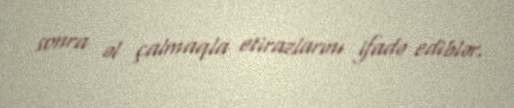
sonra əl çalmaqla etirazlarını ifadə ediblər.